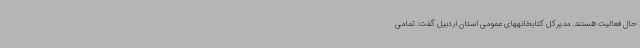
حال فعالیت هستند. مدیرکل کتابخانههای عمومی استان اردبیل گفت: تمامی